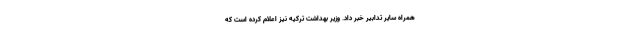
همراه سایر تدابیر خبر داد. وزیر بهداشت ترکیه نیز اعلام کرده است که